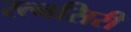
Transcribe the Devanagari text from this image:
रत्नसिरी